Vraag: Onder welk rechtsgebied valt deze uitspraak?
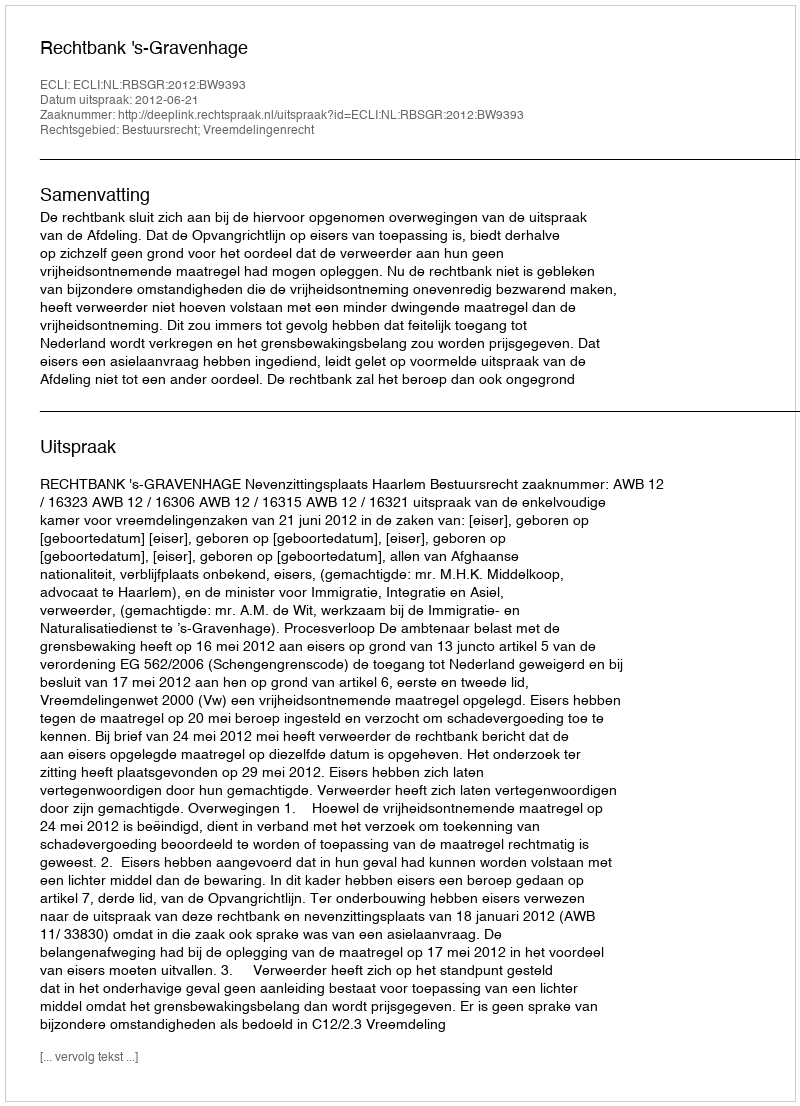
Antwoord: Bestuursrecht; Vreemdelingenrecht